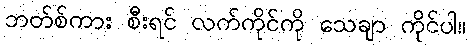
ဘတ်စ်ကား စီးရင် လက်ကိုင်ကို သေချာ ကိုင်ပါ။